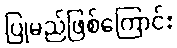
ပြုမည်ဖြစ်ကြောင်း